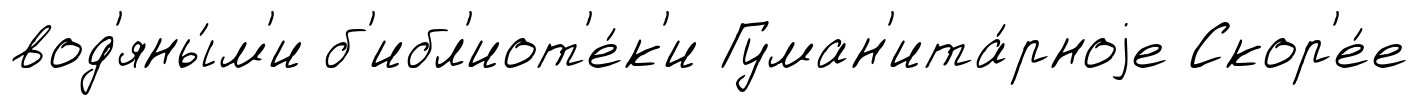
вод'яны́м'и б'ибл'иот'е́к'и Гуман'ита́рноjе Скор'е́е